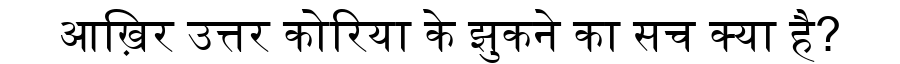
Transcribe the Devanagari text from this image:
आख़िर उत्तर कोरिया के झुकने का सच क्या है?